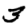
Digit: 3